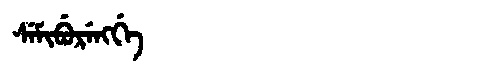
Manchu: ᠰᡝᠮᡳᠪᡠᡵᡝᠩᡤᡝ
Romanization: SEMIBURENGGE